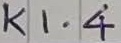
Text: K1.4